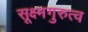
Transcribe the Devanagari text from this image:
सूक्ष्मगुरुत्व